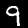
Label: 9